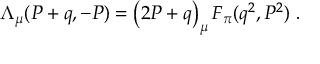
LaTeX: \Lambda _ { \mu } ( P + q , - P ) = \left( 2 P + q \right) _ { \mu } F _ { \pi } ( q ^ { 2 } , P ^ { 2 } ) ~ .